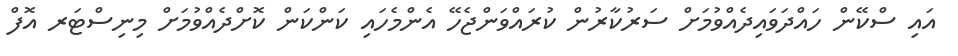
އައި ސްކޭން ހައްދަވައިދެއްވުމަށް ސަރުކާރުން ކުރައްވަންޖެހޭ އެންމެހައި ކަންކަން ކޮށްދެއްވުމަށް މިނިސްޓަރ އޮފް